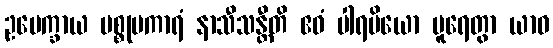
ဥပေက္ခာယ ပစ္စုပကာရံ နာသီသန္တီတိ ဧဝံ ပါရမိယော ပူရေတွာ ယာဝ